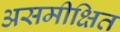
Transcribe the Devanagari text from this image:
असमीक्षित